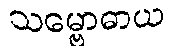
သမ္ဗောဓာယ